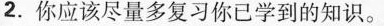
2.你应该尽量多复习你已学到的知识。